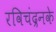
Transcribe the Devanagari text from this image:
रविचंद्रनके